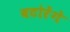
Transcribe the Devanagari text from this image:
बटोरेंगे